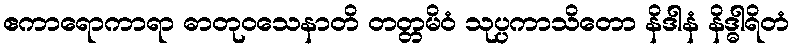
ဧကာရောကာရာ ဓာတုဝသေနာတိ တတ္တမိဝံ သုပ္ပကာသိတော နိဒါနံ နိဒ္ဓါရိတံ